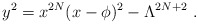
\begin{align*}y^2 = x^{2N} (x - \phi)^2 - \Lambda^{2N+2}\ . \end{align*}